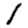
Digit: 1